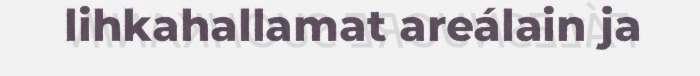
lihkahallamat areálain ja